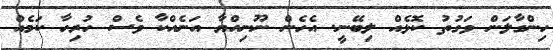
ހިންގާލަން ވަގުތު ކޮޅެއް ލިބޭނީ. އެހެން ނޫނިއްޔާ އަނެއްކާ ވެސް ހުރިހާ ކަމެއް